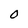
Character: 0